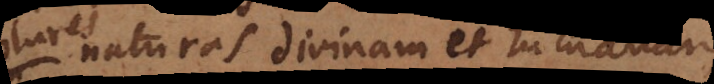
naturas divinam et humanam